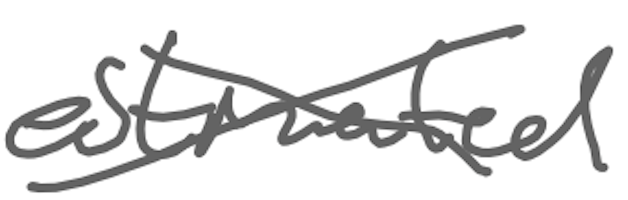
Text: estimated
Cross-out: cross
Writing tool: digital_gray